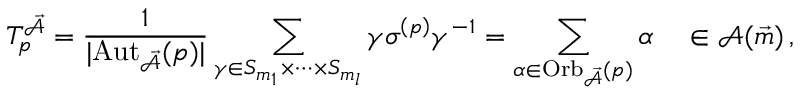
T _ { p } ^ { \mathcal { \vec { A } } } = \frac { 1 } { | \mathrm { A u t } _ { \mathcal { \vec { A } } } ( p ) | } \sum _ { \gamma \in S _ { m _ { 1 } } \times \dots \times S _ { m _ { l } } } \gamma \sigma ^ { \left( p \right) } \gamma ^ { - 1 } = \sum _ { \alpha \in \mathrm { O r b } _ { \mathcal { \vec { A } } } ( p ) } \alpha \quad \in \mathcal { A } ( \vec { m } ) \, ,